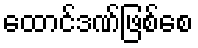
ထောင်ဒဏ်ဖြစ်စေ